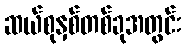
ဆယ်စုနှစ်တစ်ခုအတွင်း